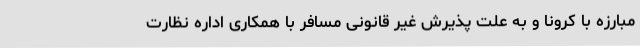
مبارزه با کرونا و به علت پذیرش غیر قانونی مسافر با همکاری اداره‌ نظارت